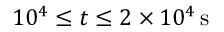
1 0 ^ { 4 } \le t \le 2 \times 1 0 ^ { 4 } \, \mathrm { s }